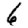
Digit: 6